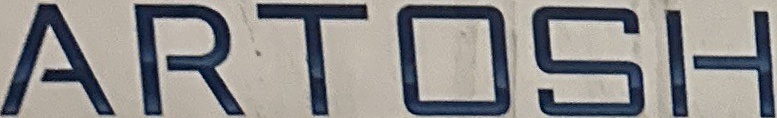
ARTOSH